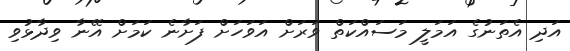
އަދި އެތަނުގެ އަމަލީ މަސައްކަތް ވަރަށް އަވަހަށް ފަށާނެ ކަމަށް އޭނާ ވިދާޅުވި